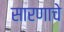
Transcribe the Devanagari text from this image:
सारणाचे